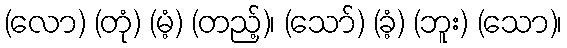
(လော) (တုံ) (မံ့) (တည့်)၊ (သော်) (ခံ့) (ဘူး) (သော)၊